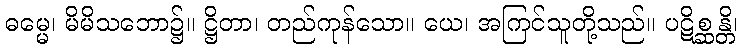
ဓမ္မေ၊ မိမိသဘော၌။ ဋ္ဌိတာ၊ တည်ကုန်သော။ ယေ၊ အကြင်သူတို့သည်။ ပဋိစ္ဆန္တိ၊